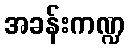
အခန်းကဏ္ဍ